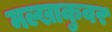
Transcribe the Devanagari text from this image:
मल्खाकुवर